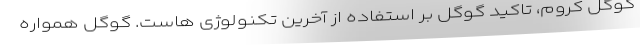
گوگل کروم، تاکید گوگل بر استفاده از آخرین تکنولوژی هاست. گوگل همواره